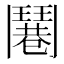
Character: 𩰓